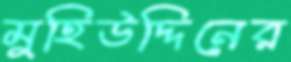
মুহিউদ্দিনের